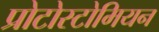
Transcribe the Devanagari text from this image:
प्रोटोस्टोमियन